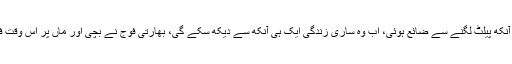
2018ء کے آخر میں 18ماہ کی ایک بچی حبہ نثار کی آنکھ پیلٹ لگنے سے ضائع ہوئی، اب وہ ساری زندگی ایک ہی آنکھ سے دیکھ سکے گی، بھارتی فوج نے بچی اور ماں پر اس وقت فائرنگ کی جب وہ تشدد سے بچنے کی کوشش میں تھیں۔